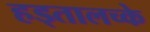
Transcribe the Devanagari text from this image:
हड्तालच्के